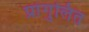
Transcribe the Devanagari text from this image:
प्रांगुलित